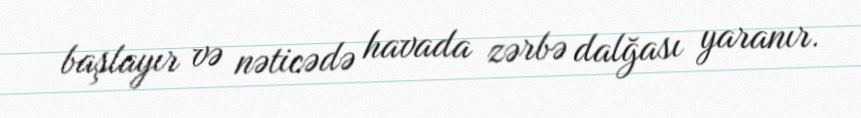
başlayır və nəticədə havada zərbə dalğası yaranır.